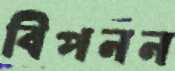
বিপনন